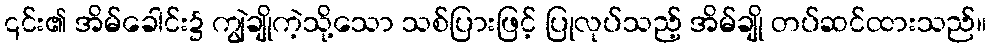
၎င်း၏ အိမ်ခေါင်း၌ ကျွဲချိုကဲ့သို့သော သစ်ပြားဖြင့် ပြုလုပ်သည့် အိမ်ချို တပ်ဆင်ထားသည်။